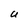
Character: U